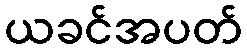
ယခင်အပတ်